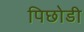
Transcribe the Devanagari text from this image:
पिछोडी